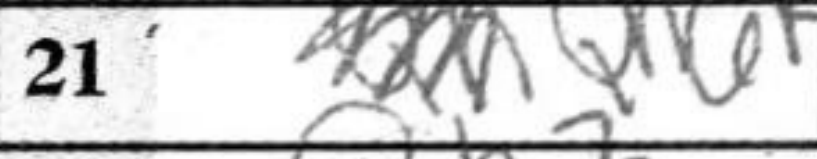
Transcription: Qh6+